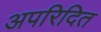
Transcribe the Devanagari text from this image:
अपरिदित